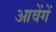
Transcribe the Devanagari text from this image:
आवेंगें